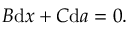
B { \mathrm { d } } x + C { \mathrm { d } } a = 0 .